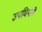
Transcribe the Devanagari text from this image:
उपधियोंमे